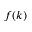
f ( k )